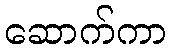
ဆောက်ကာ